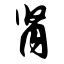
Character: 肾